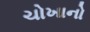
ચોખાનો